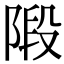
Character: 𨺣